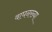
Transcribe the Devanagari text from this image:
वाघनख्या